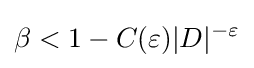
\beta <1-C(\varepsilon )|D|^{-\varepsilon }